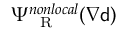
\Psi _ { \mathrm { ~ \tiny ~ R ~ } } ^ { n o n l o c a l } ( \nabla { \mathsf { d } } )